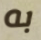
به